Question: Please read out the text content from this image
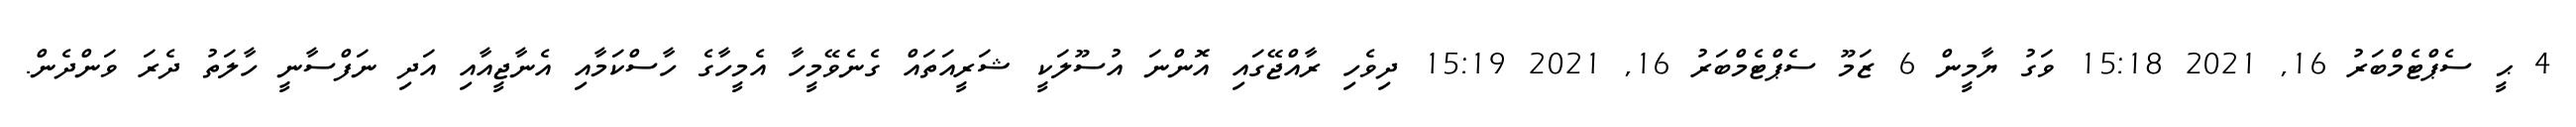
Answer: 4 ޙީ ސެޕްޓެމްބަރު 16, 2021 15:18 ވަގު ޔާމީން 6 ޒަމޫ ސެޕްޓެމްބަރު 16, 2021 15:19 ދިވެހި ރާއްޖޭގައި އޮންނަ އުސޫލަކީ ޝަރީއަތައް ގެނެވޭމީހާ އެމީހާގެ ހާސްކަމާއި އެނާޖީއާއި އަދި ނަފްސާނީ ހާލަތު ދެރަ ވަންދެން.